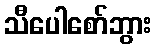
သီပေါစော်ဘွား